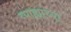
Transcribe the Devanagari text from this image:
व्याह्यांच्या